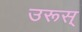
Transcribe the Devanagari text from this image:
उरूस्